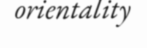
orientality